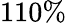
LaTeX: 110\%